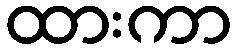
ထားကာ